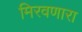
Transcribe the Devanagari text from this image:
मिरवणारा